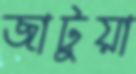
জাটুয়া